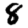
Digit: 8